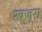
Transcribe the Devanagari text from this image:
खजुरा